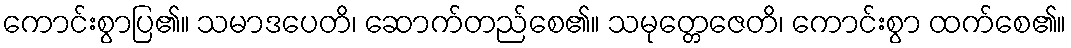
ကောင်းစွာပြ၏။ သမာဒပေတိ၊ ဆောက်တည်စေ၏။ သမုတ္တေဇေတိ၊ ကောင်းစွာ ထက်စေ၏။